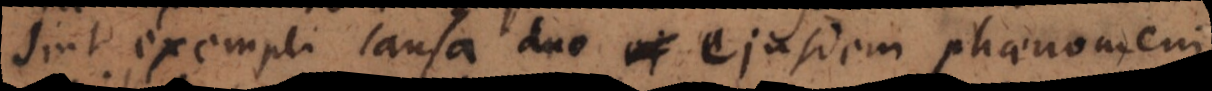
Sint exempli causa duo ejusdem phaenomeni